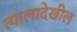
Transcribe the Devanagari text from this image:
त्यालादेखील